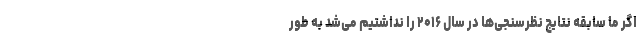
اگر ما سابقه نتایج نظرسنجی‌ها در سال ۲۰۱۶ را نداشتیم می‌شد به طور